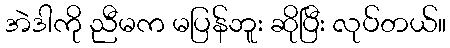
အဲဒါကို ညီမက မပြန်ဘူး ဆိုပြီး လုပ်တယ်။